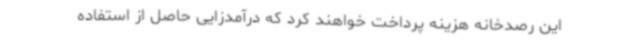
این رصدخانه هزینه پرداخت خواهند کرد که درآمدزایی حاصل از استفاده